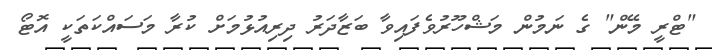
"ޓްރީ މޭން" ގެ ނަމުން މަޝްހޫރުވެފައިވާ ބަޒާދަރު ދިރިއުޅުމަށް ކުރާ މަސައްކަތަކީ އޮޓޯ